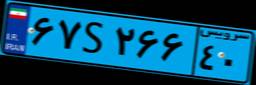
۱۲S۶۰۶۲۷